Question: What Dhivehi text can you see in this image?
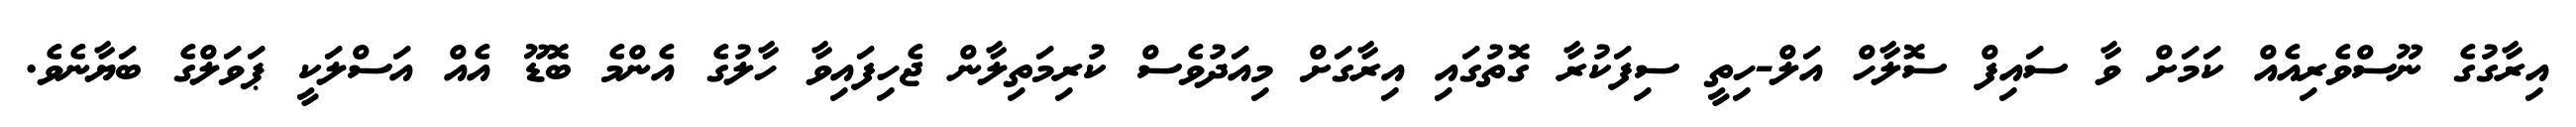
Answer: އިރާގުގެ ނޫސްވެރިއެއް ކަމަށް ވާ ސައިފް ސޮލާހް އަލް-ހިތީ ސިފަކުރާ ގޮތުގައި އިރާގަށް މިއަދުވެސް ކުރިމަތިލާން ޖެހިފައިވާ ހާލުގެ އެންމެ ބޮޑޫ އެއް އަސްލަކީ ޕަވަލްގެ ބަޔާނެވެ.